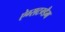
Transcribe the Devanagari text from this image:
ऐग्सटग्डैम